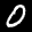
Label: 0